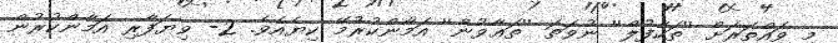
މި ވައްތަރަށް ''ތަކާފުލް'' ނުވަތަ ''ތަޢާވުން'' އަމާންކުރުމޭ ކިޔެއެވެ. 2- ވިޔަފާރި އަމާންކުރުން